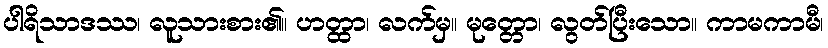
ပါရိသာဒဿ၊ လူသားစား၏။ ဟတ္ထာ၊ လက်မှ။ မုတ္တော၊ လွတ်ပြီးသော။ ကာမကာမီ၊